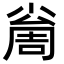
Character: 𡮚